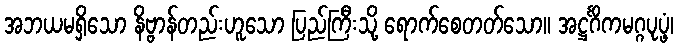
အဘယမရှိသော နိဗ္ဗာန်တည်းဟူသော ပြည်ကြီးသို့ ရောက်စေတတ်သော။ အဋ္ဌင်္ဂိကမဂ္ဂပုပ္ဖံ၊